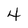
Character: 4